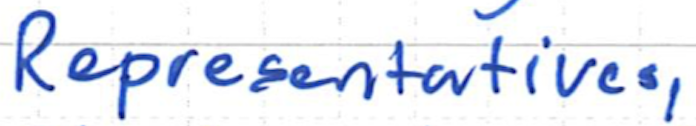
Text: Representatives,
Cross-out: clean
Writing tool: ballpoint